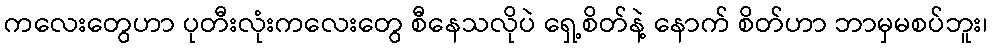
ကလေးတွေဟာ ပုတီးလုံးကလေးတွေ စီနေသလိုပဲ ရှေ့စိတ်နဲ့ နောက် စိတ်ဟာ ဘာမှမစပ်ဘူး၊